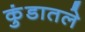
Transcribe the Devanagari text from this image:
कुंडातले